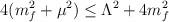
LaTeX: \begin{align*}4(m^2_f+\mu^2)\le \Lambda^2 +4m^2_f\end{align*}